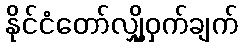
နိုင်ငံတော်လျှို့ဝှက်ချက်